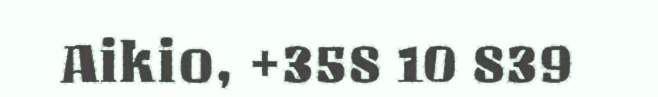
Aikio, +358 10 839